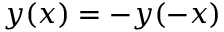
y ( x ) = - y ( - x )